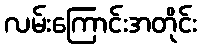
လမ်းကြောင်းအတိုင်း